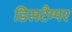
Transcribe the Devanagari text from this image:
डिसटैम्पर